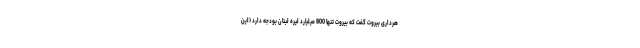
هرداری بیروت گفت که بیروت تنها 800 میلیارد لیره لبنان بودجه دارد (این